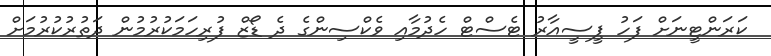
ކަރަންޓީނަށް ފަހު ޕީސީއާރު ޓެސްޓް ހެދުމާއި ވެކްސިންގެ ދެ ޑޯޒް ފުރިހަމަކުރުމުން ދަތުރުކުރުމަށް